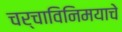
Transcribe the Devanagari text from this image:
चर्चाविनिमयाचे